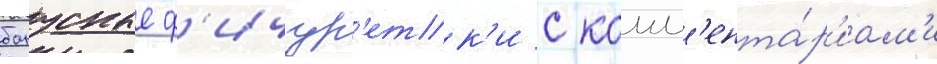
бонусные ф'ичур'етк'и с комм'ента́р'иам'и